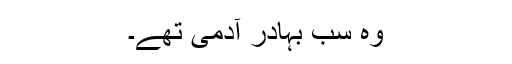
وہ سب بہادر آدمی تھے۔